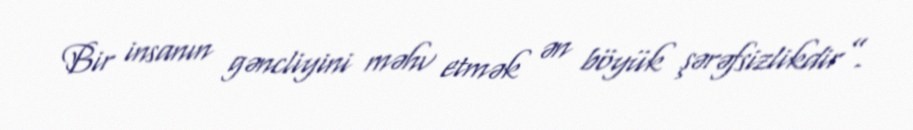
Bir insanın gəncliyini məhv etmək ən böyük şərəfsizlikdir”.